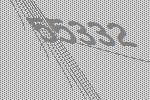
55332